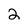
Character: 2